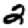
Digit: 2